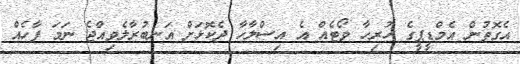
އެގޮތުން އެމްޑީޕީގެ ހުރިހާ ވޯޓެއް އެ އިސްލާހާ ދެކޮޅަށް އަނބުރާލެވިއްޖެ ނަމަ ފާހެއް